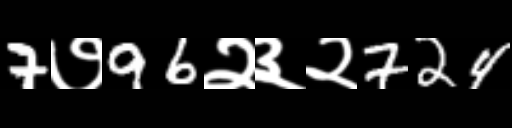
Text: 7७96२३२724